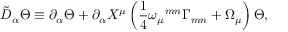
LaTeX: \tilde { { \cal D } } _ { \alpha } \Theta \equiv \partial _ { \alpha } \Theta + \partial _ { \alpha } X ^ { \mu } \left( { \frac { 1 } { 4 } } \omega _ { \mu } { } ^ { m n } \Gamma _ { m n } + \Omega _ { \mu } \right) \Theta ,